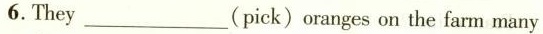
6.They___(pick) oranges on the farm many